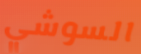
السوشي